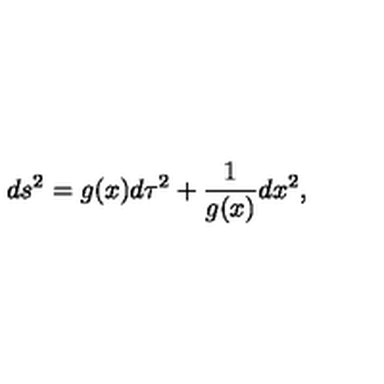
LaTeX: d s ^ { 2 } = g ( x ) d \tau ^ { 2 } + { \frac { 1 } { g ( x ) } } d x ^ { 2 } ,